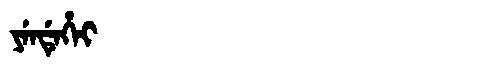
Manchu: ᠶᡝᠨᡩᡝᡥᡝᡳ
Romanization: YENDEHEI